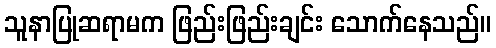
သူနာပြုဆရာမက ဖြည်းဖြည်းချင်း သောက်နေသည်။